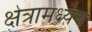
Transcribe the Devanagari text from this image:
क्षेत्रामध्येच